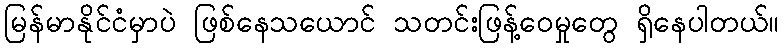
မြန်မာနိုင်ငံမှာပဲ ဖြစ်နေသယောင် သတင်းဖြန့်ဝေမှုတွေ ရှိနေပါတယ်။